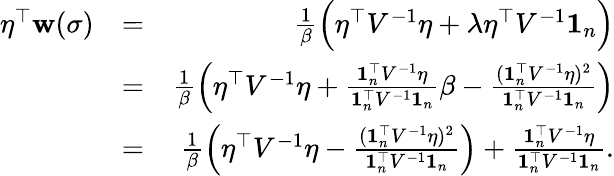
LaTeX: \begin{array}{rlr}{\eta^{\top}{\mathbf w}(\sigma)}&{=}&{\frac 1{\beta}\Big(\eta^{\top}V^{-1}\eta+\lambda\eta^{\top}V^{-1}{\mathbf 1}_{n}\Big)}\\ &{=}&{\frac 1{\beta}\left(\eta^{\top}V^{-1}\eta+\frac{{\mathbf 1}_{n}^{\top}V^{-1}\eta}{{\mathbf 1}_{n}^{\top}V^{-1}{\mathbf 1}_{n}}\beta-\frac{({\mathbf 1}_{n}^{\top}V^{-1}\eta)^{2}}{{\mathbf 1}_{n}^{\top}V^{-1}{\mathbf 1}_{n}}\right)}\\ &{=}&{\frac 1{\beta}\left(\eta^{\top}V^{-1}\eta-\frac{({\mathbf 1}_{n}^{\top}V^{-1}\eta)^{2}}{{\mathbf 1}_{n}^{\top}V^{-1}{\mathbf 1}_{n}}\right)+\frac{{\mathbf 1}_{n}^{\top}V^{-1}\eta}{{\mathbf 1}_{n}^{\top}V^{-1}{\mathbf 1}_{n}}.}\end{array}